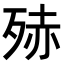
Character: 𭮒